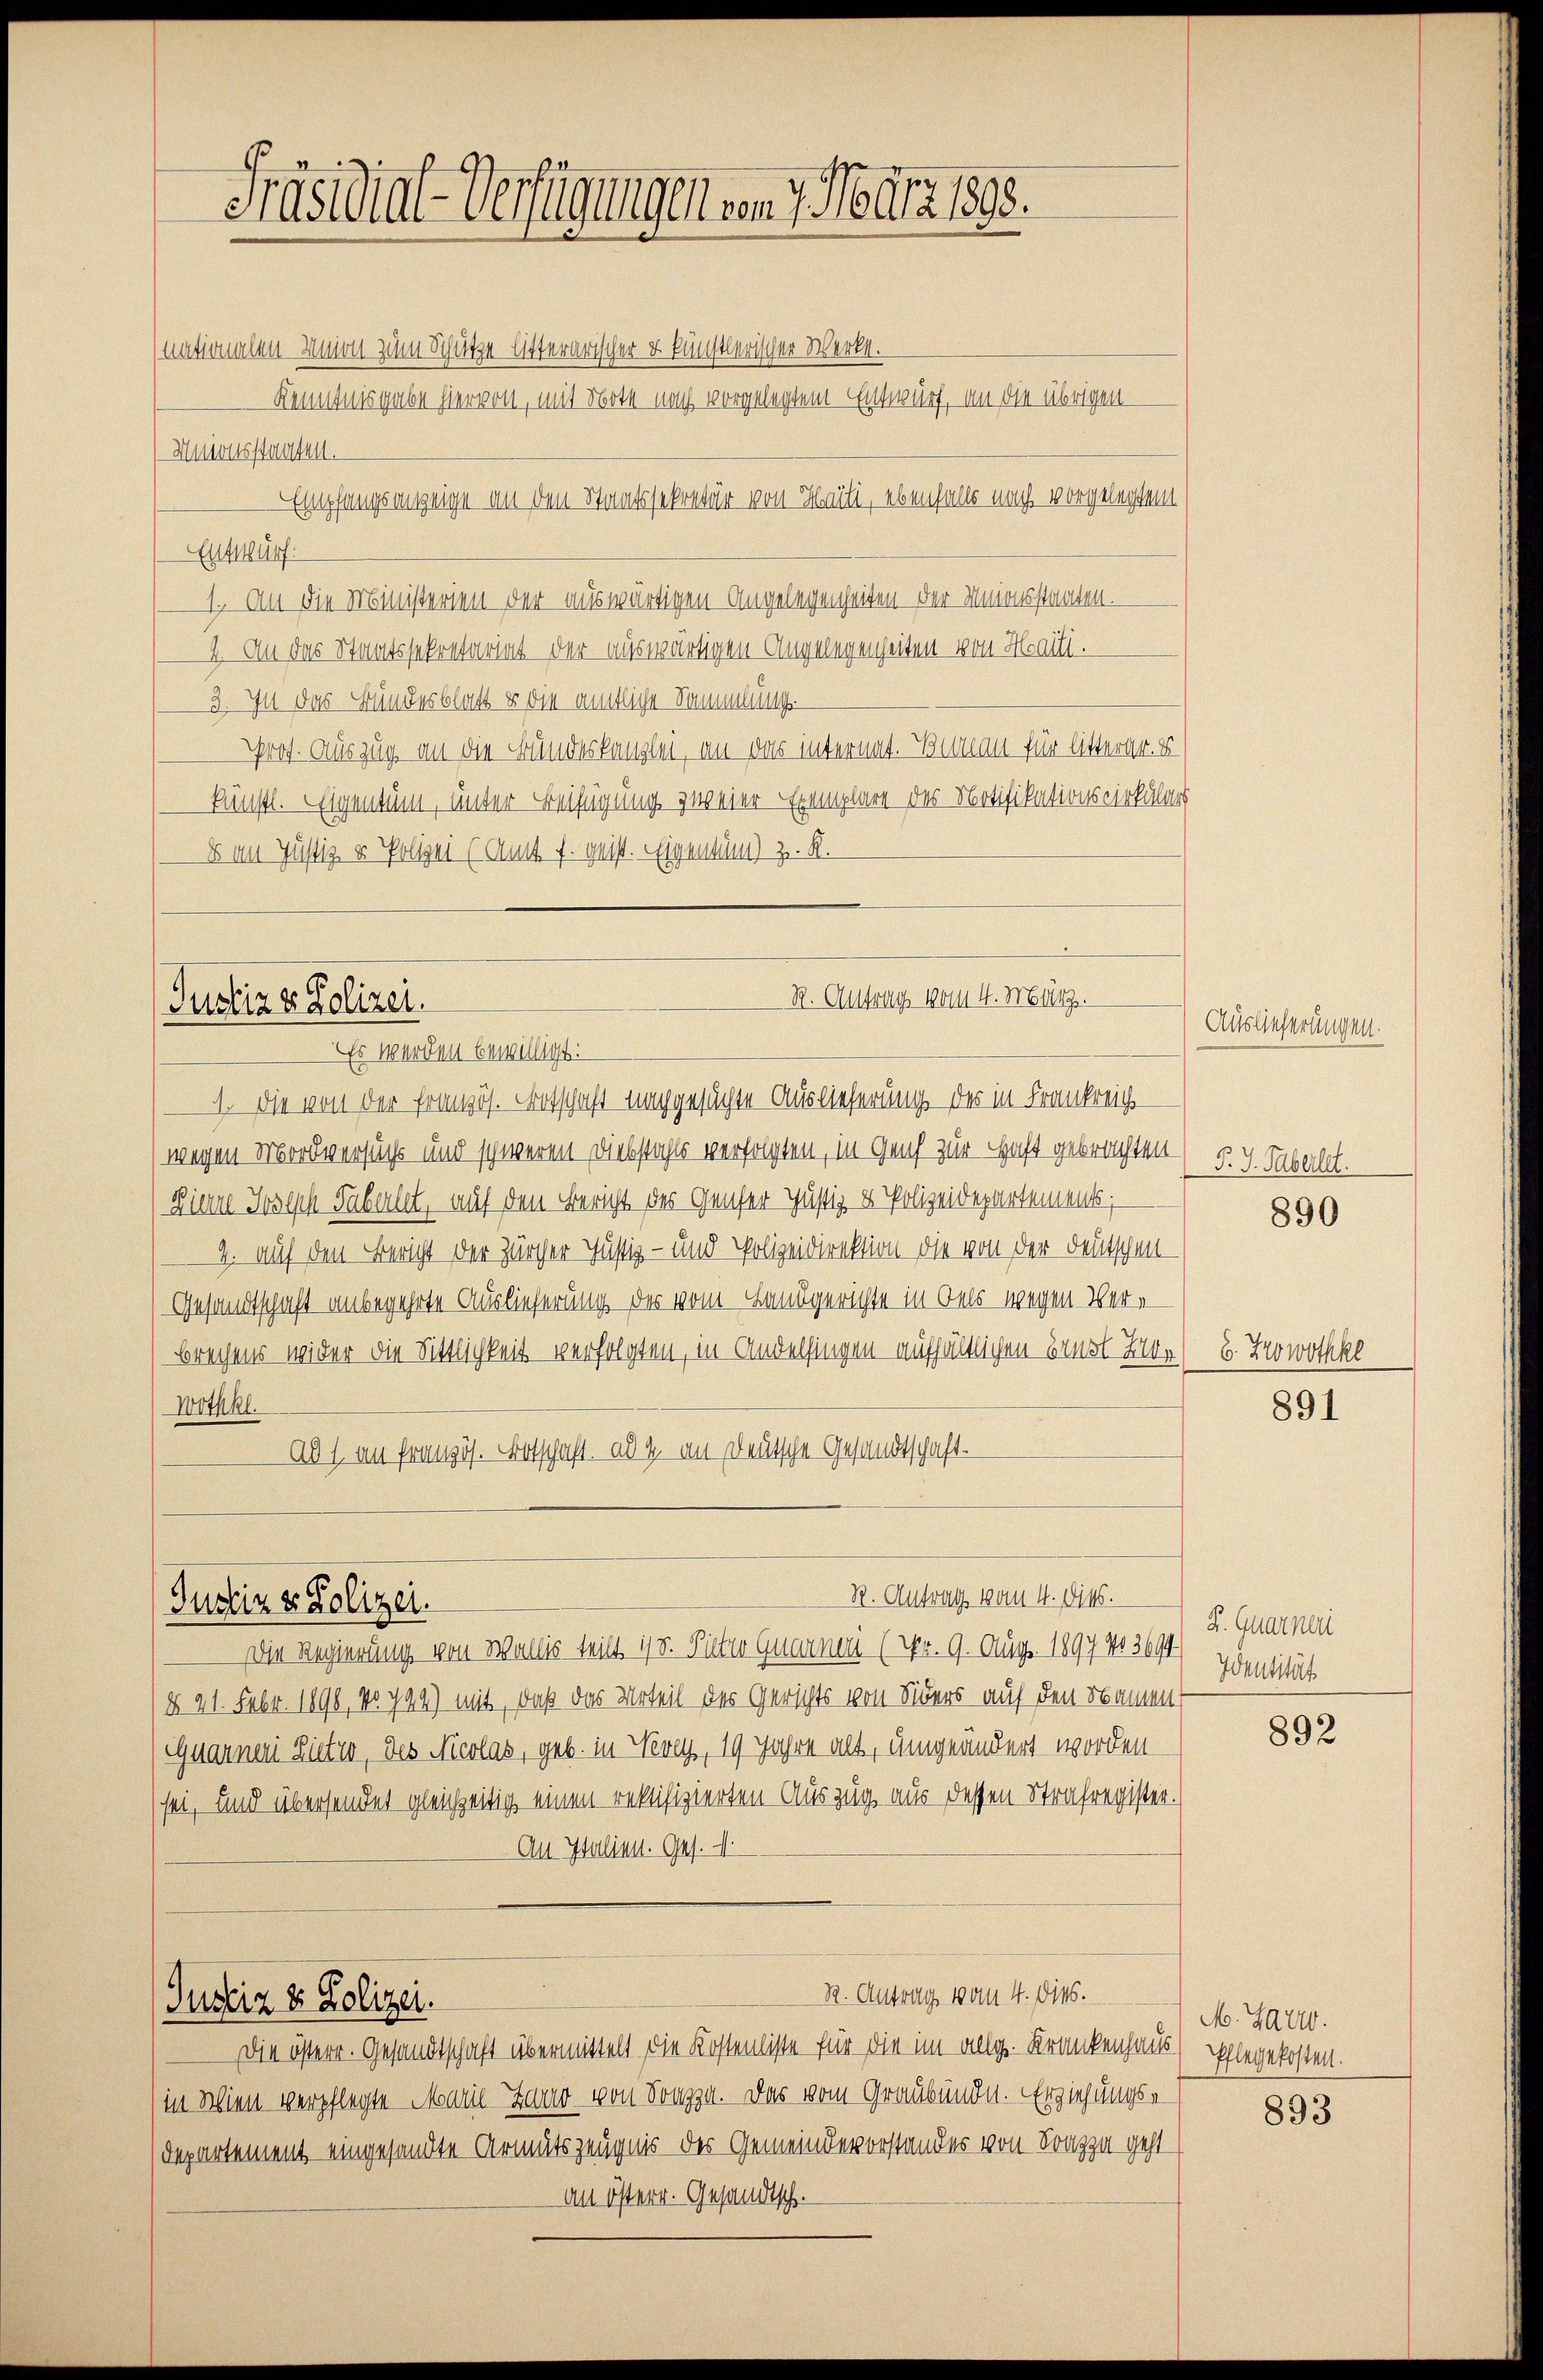
Präsidial-Verfügungenen 7. März 1898.

nationalen Union zum Schütze litterarischer u. künstlerischer Werkt.
Kenntnisgabe hiervon, mit Note nach vorgelegtem Entwurf, an die übrigen
Mnionsstauten.
Empfangsanzeige an den Staatssekretär von Theilt, ebenfalls nach vorgelegtem
Entwurf:
1. An die Ministerien der auswärtigen Angelegenheiten der Unionsstammten.
I. An das Staatssekretariat der auswärtigen Angelegenheiten von Haili.
3. In das Bundesblatt & die amtliche Sammlung.
Pprof. Auszug an die Bundeskanzlei, an das internat. Wisseau für litterger. E
künstl. Eigentum, unter Beifügung zweier Exemplare des Notifikationscirkulars
8 im Justiz & Polizei (Amt f. geist. Eigentum) z. R.

St. Antrag 1801. 4. März.
Justiz & Polizei.
Es werden bewilligt:
1. Die von der französ. Brotschaft nachgesuchte Auslieferung des in Frankreich

Justiz & Polizei.

wegen Mordversuchs und schweren Diebstahls verfolgten, in Genf zur Haft gebrachten
Diern Joseph Säberlet, auf den Bericht des Genfer Justiz & Polizeidepartements;
2. auf den Bericht der Zürcher Justiz- und Polizeidirektion die von der Deutschen
Gesandtschaft anbegehrte Auslieferung des vom Landgerichte in Dels wegen Vere
brechens wider die Sittlichkeit verfolgten, in Andelfingen aufhältlichen Bonst Ber
Wothkl.
ad 1. an französ. Botschaft. ad 2. an Deutsche Gesandtschaft.

R. Antrag vom 4. Dies.

Die Regierung von Wallis teilt 1/8. Pieter Quarnen (Nr. 9. Aug. 1891 403614 Identität
(§ 21. Febr. 1890, No 794) mit, daß das Urteil des Gerichts von Siders auf den Namen
Quarner Zitro, des Nicolas, geb. in Nevey, 19 Jahre alt, umgeändert worden
sei, und übersendet gleichzeitig einen rektifizierten Auszug aus dessen Strafregister.
Au Italien. Ges.
R. Antrag vom 4. dits.
Justiz & Polizei.
Die österr. Gesandtschaft übermittelt die Kostenliste für die im allg. Krankenhaus Elegekosten.
in Wien verpflegte Maul- Zwar von Fr. Das vom Graubünde. Erziehungs-
departement eingesandte Armutszeugnis der Gemeindevorstandes von Frage geht
am österr. Gesandtsch.

Auslieferungen.

P. J. Faberlet.

890

E. Zrowothke

891

Z. Quarneri

892

M. Satz.

893